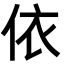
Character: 依